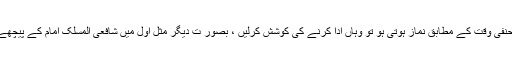
اگر قریبی کسی دوسری مسجد میں حنفی وقت کے مطابق نماز ہوتی ہو تو وہاں ادا کرنے کی کوشش کرلیں ، بصور ت دیگر مثل اول میں شافعی المسلک امام کے پیچھے نماز پڑھنے کی بھی گنجائش ہے۔